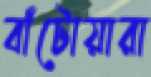
বাঁটোয়ারা